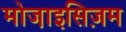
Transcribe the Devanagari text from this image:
मोजा़इसिज़म